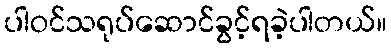
ပါဝင်သရုပ်ဆောင်ခွင့်ရခဲ့ပါတယ်။